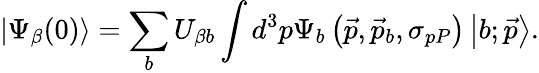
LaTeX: \left|\Psi_{\beta}(0)\right\rangle=\sum_{b}U_{\beta b}\int d^{3}p\Psi_{b}\left(\stackrel{\rightarrow}{p},\stackrel{\rightarrow}{p}_{b},\sigma_{pP}\right)\left|b;\stackrel{\rightarrow}{p}\right\rangle.